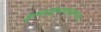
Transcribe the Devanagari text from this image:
कृष्णाष्टम्यन्तसम्भवः।